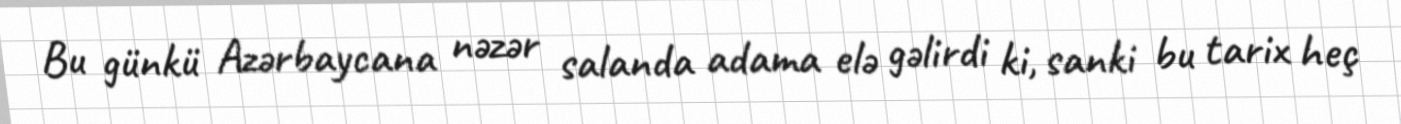
Bu günkü Azərbaycana nəzər salanda adama elə gəlirdi ki, sanki bu tarix heç